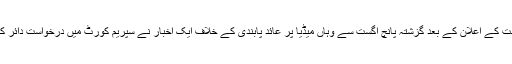
جموں و کشمیر کی خصوصی آئینی حیثیت ختم کرنے کے مودی حکومت کے اعلان کے بعد گزشتہ پانچ اگست سے وہاں میڈیا پر عائد پابندی کے خلاف ایک اخبار نے سپریم کورٹ میں درخواست دائر کر کے حکومت کو پریس کی آزادی بحال کرنے کی درخواست دی ہے۔